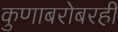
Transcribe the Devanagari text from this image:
कुणाबरोबरही